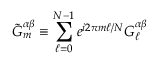
\tilde { G } _ { m } ^ { \alpha \beta } \equiv \sum _ { \ell = 0 } ^ { N - 1 } e ^ { i 2 \pi m \ell / N } G _ { \ell } ^ { \alpha \beta }